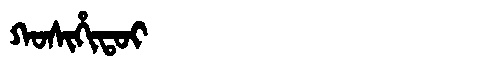
Manchu: ᡴᠣᠰᡳᡥᡳᡨᠣᡳ
Romanization: KOSIHITOI